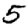
Digit: 5